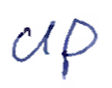
Text: up
Cross-out: clean
Writing tool: ballpoint